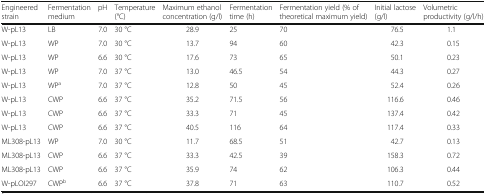
<table><thead><tr><td><b>Engineered strain</b></td><td><b>Fermentation medium</b></td><td><b>pH</b></td><td><b>Temperature (°C)</b></td><td><b>Maximum ethanol concentration (g/l)</b></td><td><b>Fermentation time (h)</b></td><td><b>Fermentation yield (% of theoretical maximum yield)</b></td><td><b>Initial lactose (g/l)</b></td><td><b>Volumetric productivity (g/l/h)</b></td></tr></thead><tbody><tr><td>W-pL13</td><td>LB</td><td>7.0</td><td>30 °C</td><td>28.9</td><td>25</td><td>70</td><td>76.5</td><td>1.1</td></tr><tr><td>W-pL13</td><td>WP</td><td>7.0</td><td>30 °C</td><td>13.7</td><td>94</td><td>60</td><td>42.3</td><td>0.15</td></tr><tr><td>W-pL13</td><td>WP</td><td>6.6</td><td>30 °C</td><td>17.6</td><td>73</td><td>65</td><td>50.1</td><td>0.23</td></tr><tr><td>W-pL13</td><td>WP</td><td>7.0</td><td>37 °C</td><td>13.0</td><td>46.5</td><td>54</td><td>44.3</td><td>0.27</td></tr><tr><td>W-pL13</td><td>WP<sup>a</sup></td><td>7.0</td><td>37 °C</td><td>12.8</td><td>50</td><td>45</td><td>52.4</td><td>0.26</td></tr><tr><td>W-pL13</td><td>CWP</td><td>6.6</td><td>37 °C</td><td>35.2</td><td>71.5</td><td>56</td><td>116.6</td><td>0.46</td></tr><tr><td>W-pL13</td><td>CWP</td><td>6.6</td><td>37 °C</td><td>33.3</td><td>71</td><td>45</td><td>137.4</td><td>0.42</td></tr><tr><td>W-pL13</td><td>CWP</td><td>6.6</td><td>37 °C</td><td>40.5</td><td>116</td><td>64</td><td>117.4</td><td>0.33</td></tr><tr><td>ML308-pL13</td><td>WP</td><td>7.0</td><td>30 °C</td><td>11.7</td><td>68.5</td><td>51</td><td>42.7</td><td>0.13</td></tr><tr><td>ML308-pL13</td><td>CWP</td><td>6.6</td><td>37 °C</td><td>33.3</td><td>42.5</td><td>39</td><td>158.3</td><td>0.72</td></tr><tr><td>ML308-pL13</td><td>CWP</td><td>6.6</td><td>37 °C</td><td>35.9</td><td>74</td><td>62</td><td>106.3</td><td>0.44</td></tr><tr><td>W-pLOI297</td><td>CWP<sup>b</sup></td><td>6.6</td><td>37 °C</td><td>37.8</td><td>71</td><td>63</td><td>110.7</td><td>0.52</td></tr></tbody></table>